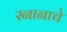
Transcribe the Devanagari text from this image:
स्नानाचे